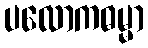
ပလောကဓမ္မာ